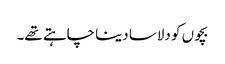
بچوں کو دلاسا دینا چاہتے تھے۔